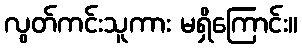
လွတ်ကင်းသူကား မရှိကြောင်း။